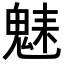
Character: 𩳆